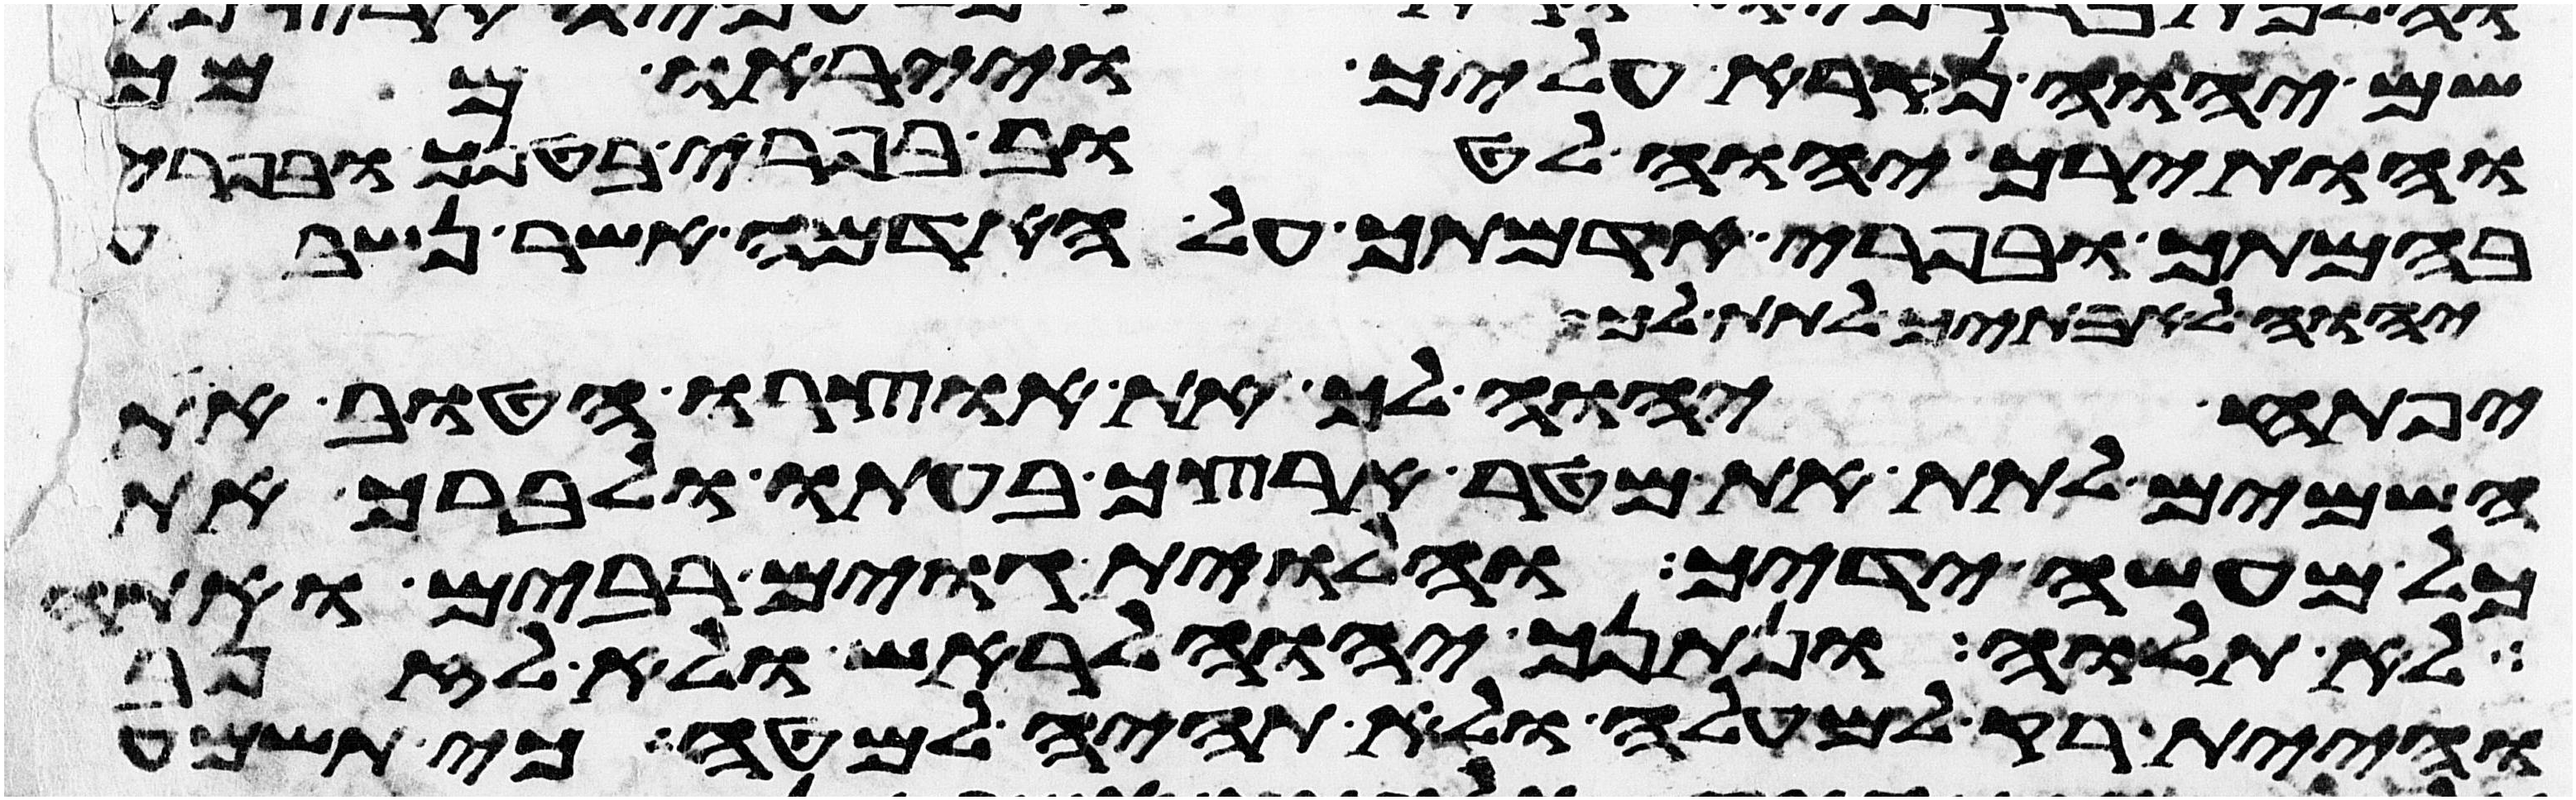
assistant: שם יהוה נקרא עליך וייראו ממך
והותירך יהוה לטוב בפרי בטנך ובפרי
בהמתך ובפרי אדמתך על האדמה אשר נשבע
יהוה לאבתיך לתת לך
יפתח יהוה לך את אוצרו הטוב את
השמים לתת את מטר ארצך בעתו לברך את
כל מעשה ידיך והלוית גוים רבים ואתה
לא תלוה ונתנך יהוה לראש ולא לזנב
והיית רק למעלה ולא תהיה למטה כי תשמע